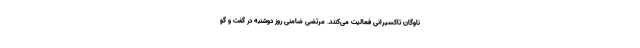
ناوگان تاکسیرانی فعالیت می‌کنند. مرتضی ضامنی روز دوشنبه در گفت و گو